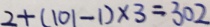
2 + ( 1 0 1 - 1 ) \times 3 = 3 0 2